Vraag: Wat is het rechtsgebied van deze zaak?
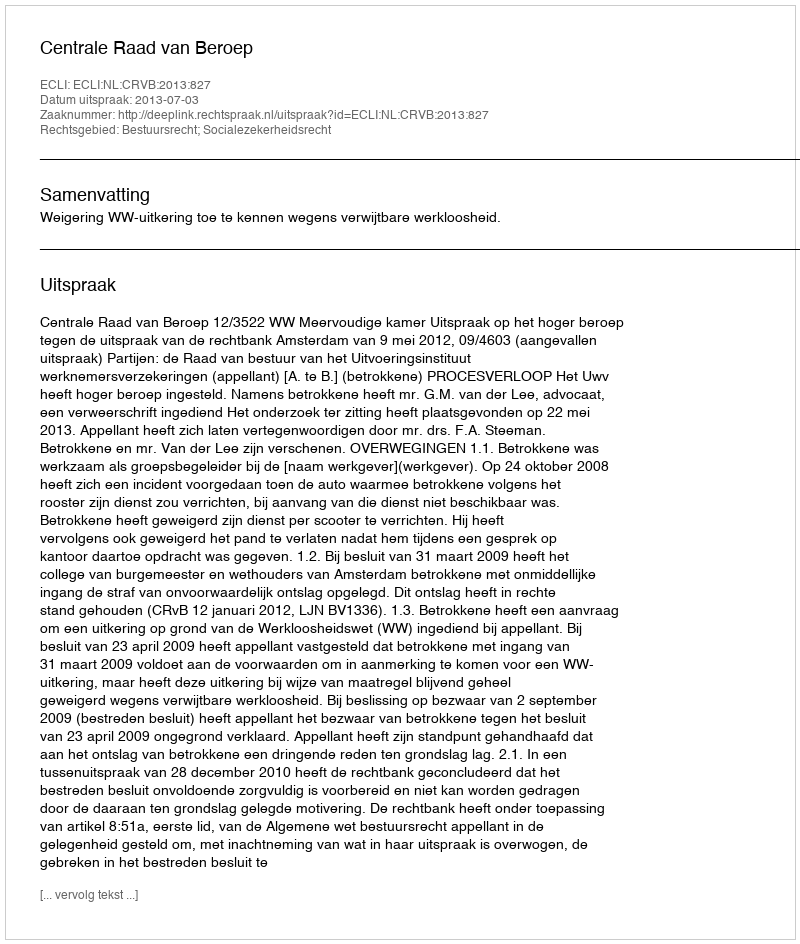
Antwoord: Bestuursrecht; Socialezekerheidsrecht